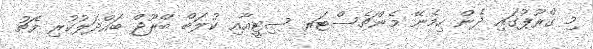
މި ގްރޫޕުގައި ދެން ހިމެނޭ މެންޗެސްޓަރ ސިޓީއާއި ކުލަބް ބްރޫޖް ބައްދަލުކުރި މެޗު